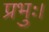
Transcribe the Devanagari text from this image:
प्रभुः।